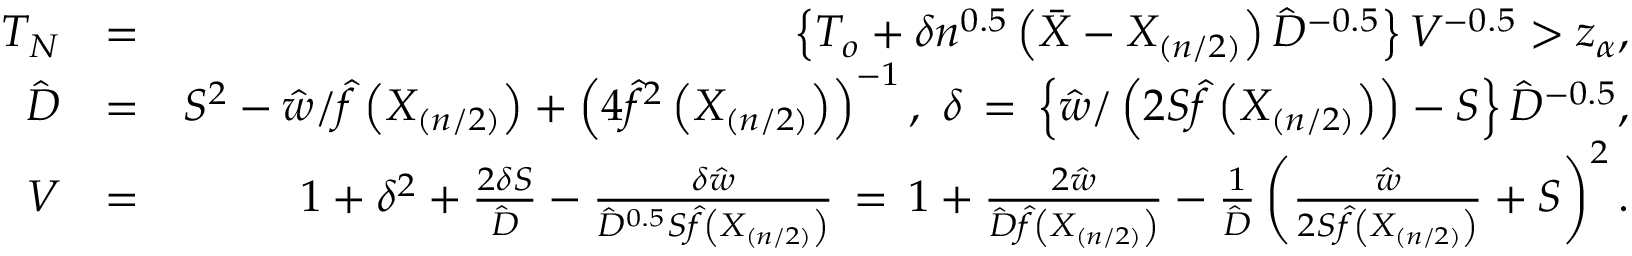
\begin{array} { r l r } { T _ { N } } & { = } & { \left\{ T _ { o } + \delta n ^ { 0 . 5 } \left( \bar { X } - X _ { ( n / 2 ) } \right) \hat { D } ^ { - 0 . 5 } \right\} V ^ { - 0 . 5 } > z _ { \alpha } , } \\ { \hat { D } } & { = } & { S ^ { 2 } - \hat { w } / \hat { f } \left( X _ { ( n / 2 ) } \right) + \left( 4 \hat { f } ^ { 2 } \left( X _ { ( n / 2 ) } \right) \right) ^ { - 1 } , \, \, \delta \, = \, \left\{ \hat { w } / \left( 2 S \hat { f } \left( X _ { ( n / 2 ) } \right) \right) - S \right\} \hat { D } ^ { - 0 . 5 } , } \\ { V } & { = } & { 1 + \delta ^ { 2 } + \frac { 2 \delta S } { \hat { D } } - \frac { \delta \hat { w } } { \hat { D } ^ { 0 . 5 } S \hat { f } \left( X _ { ( n / 2 ) } \right) } \, = \, 1 + \frac { 2 \hat { w } } { \hat { D } \hat { f } \left( X _ { ( n / 2 ) } \right) } - \frac { 1 } { \hat { D } } \left( \frac { \hat { w } } { 2 S \hat { f } \left( X _ { ( n / 2 ) } \right) } + S \right) ^ { 2 } . } \end{array}